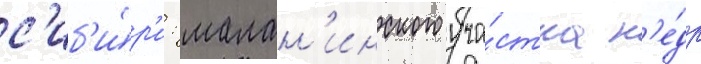
с'иб'и́р'и: малан'инского уча́стка н'е́др